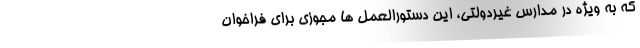
که به ویژه در مدارس غیردولتی، این دستورالعمل ها مجوزی برای فراخوان